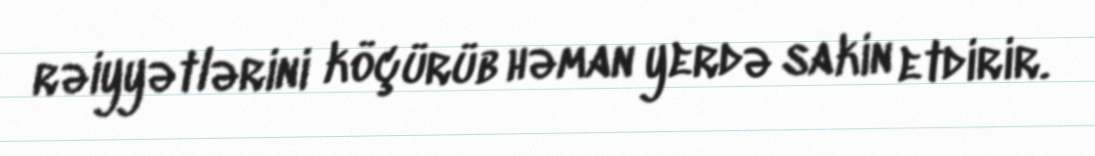
rəiyyətlərini köçürüb həman yerdə sakin etdirir.